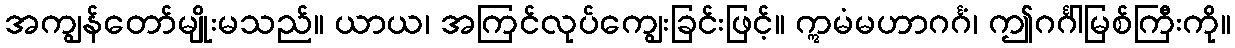
အကျွန်တော်မျိုးမသည်။ ယာယ၊ အကြင်လုပ်ကျွေးခြင်းဖြင့်။ ဣမံမဟာဂင်္ဂံ၊ ဤဂင်္ဂါမြစ်ကြီးကို။